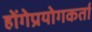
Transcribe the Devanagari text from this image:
होंगेप्रयोगकर्ता